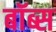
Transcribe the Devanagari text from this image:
बॉब्स